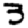
Digit: 3